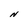
Character: N